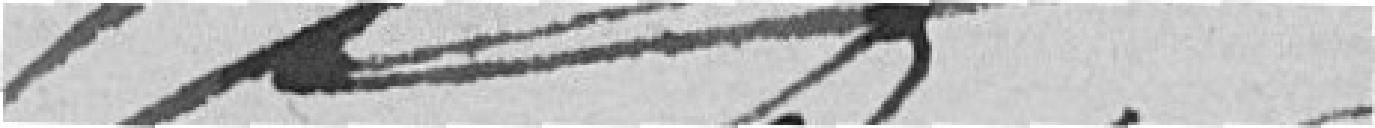
??